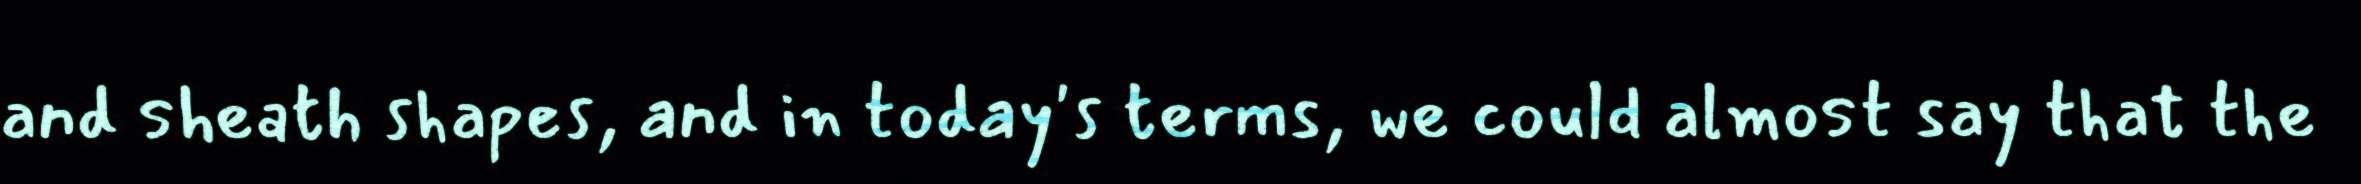
and sheath shapes, and in today's terms, we could almost say that the